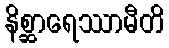
နိစ္ဆာရေဿာမီတိ